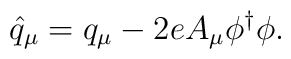
\hat{q}_{\mu}={q}_{\mu}-2eA_{\mu}\phi^{\dagger}\phi.